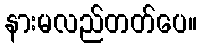
နားမလည်တတ်ပေ။